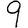
Digit: 9